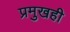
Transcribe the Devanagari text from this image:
प्रमुखही